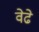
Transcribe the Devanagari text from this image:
वेढे